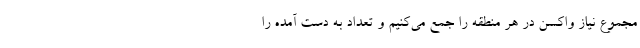
مجموع نیاز واکسن در هر منطقه را جمع می‌کنیم و تعداد به دست آمده را